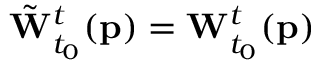
\tilde { \mathbf { W } } _ { t _ { 0 } } ^ { t } ( \mathbf { p } ) = \mathbf { W } _ { t _ { 0 } } ^ { t } ( \mathbf { p } )